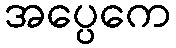
အပ္ပေကေ